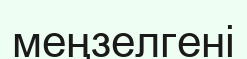
меңзелгені